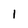
Character: 1